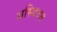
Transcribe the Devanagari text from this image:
अस्थिवत